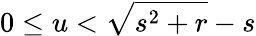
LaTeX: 0\leq u<\sqrt{s^{2}+r}-s